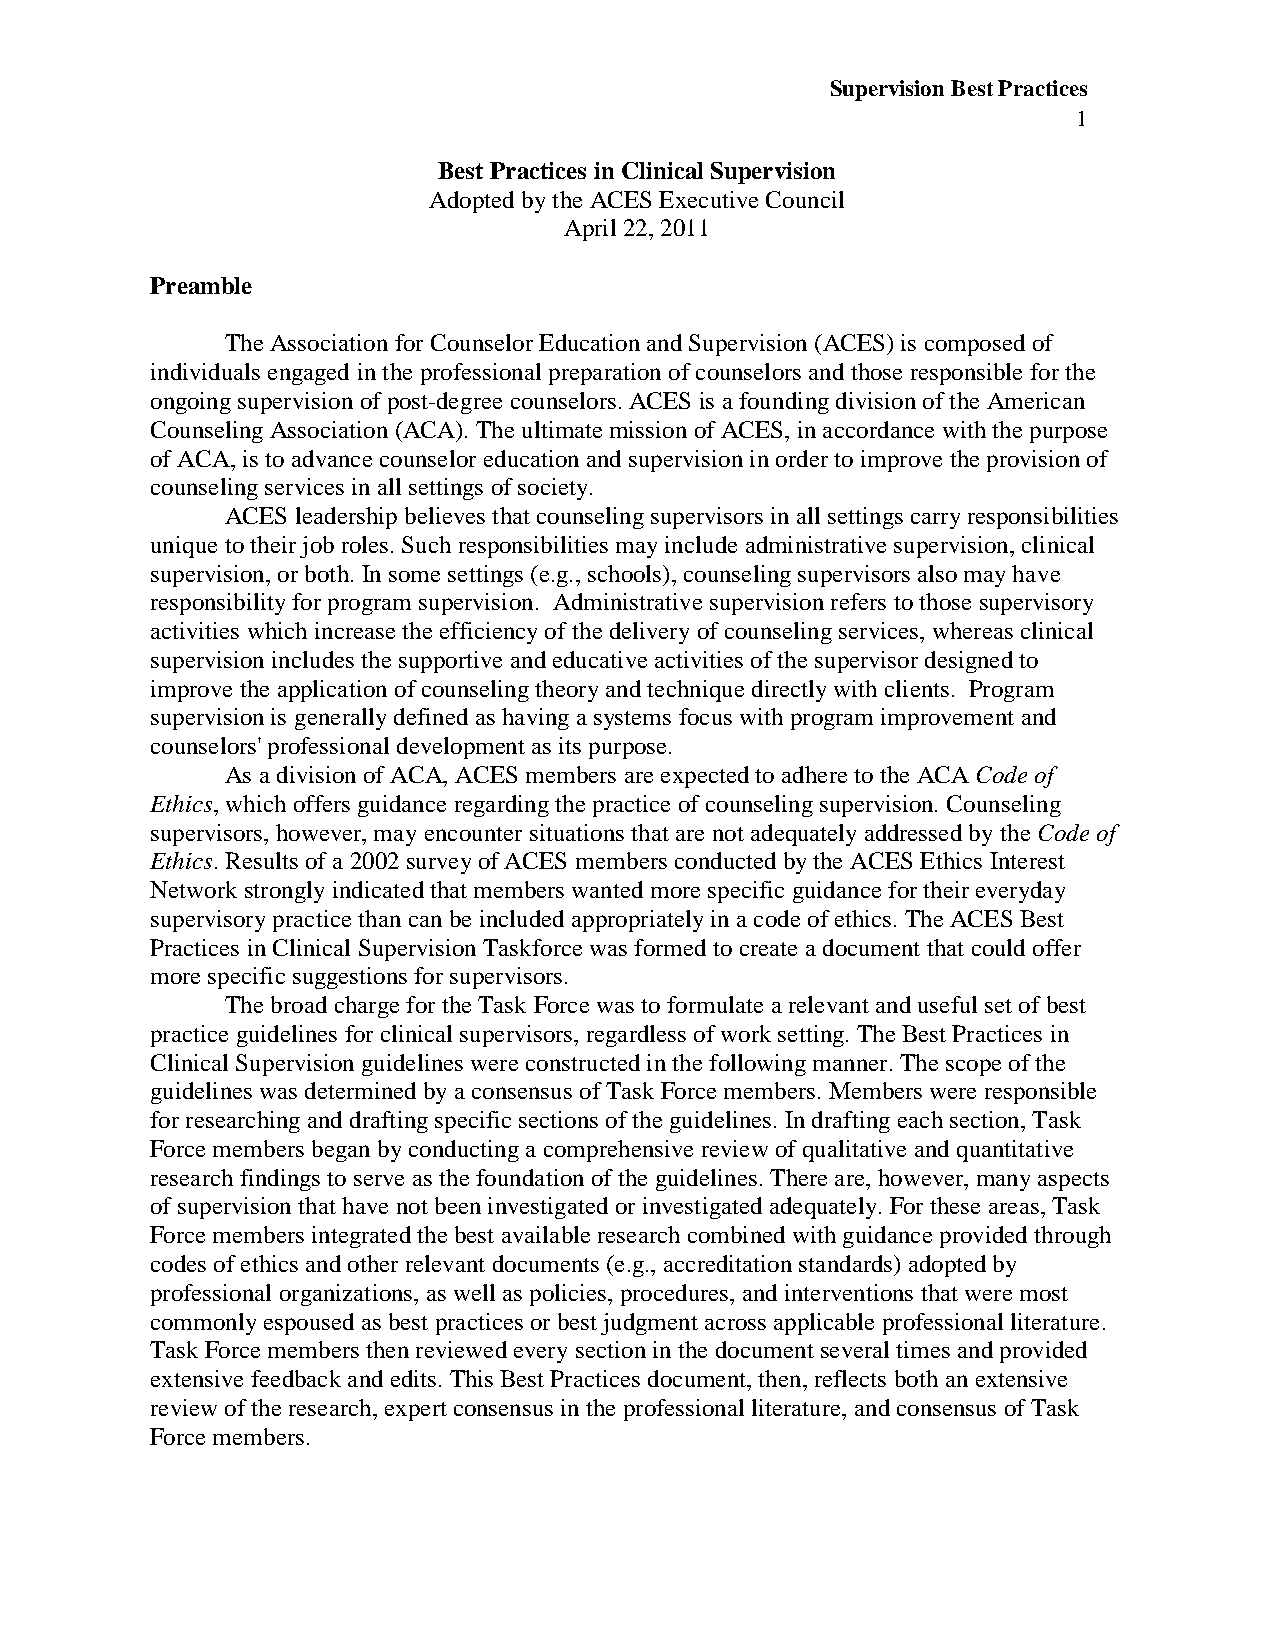
Supervision Best Practices
 1
 Best Practices in Clinical Supervision
 Adopted by the ACES Executive Council
 April 22, 2011
 Preamble
 The Association for Counselor Education and Supervision (ACES) is composed of
 individuals engaged in the professional preparation of counselors and those responsible for the
 ongoing supervision of post-degree counselors. ACES is a founding division of the American
 Counseling Association (ACA). The ultimate mission of ACES, in accordance with the purpose
 of ACA, is to advance counselor education and supervision in order to improve the provision of
 counseling services in all settings of society.
 ACES leadership believes that counseling supervisors in all settings carry responsibilities
 unique to their job roles. Such responsibilities may include administrative supervision, clinical
 supervision, or both. In some settings (e.g., schools), counseling supervisors also may have
 responsibility for program supervision. Administrative supervision refers to those supervisory
 activities which increase the efficiency of the delivery of counseling services, whereas clinical
 supervision includes the supportive and educative activities of the supervisor designed to
 improve the application of counseling theory and technique directly with clients. Program
 supervision is generally defined as having a systems focus with program improvement and
 counselors' professional development as its purpose.
 As a division of ACA, ACES members are expected to adhere to the ACA Code of
 Ethics, which offers guidance regarding the practice of counseling supervision. Counseling
 supervisors, however, may encounter situations that are not adequately addressed by the Code of
 Ethics. Results of a 2002 survey of ACES members conducted by the ACES Ethics Interest
 Network strongly indicated that members wanted more specific guidance for their everyday
 supervisory practice than can be included appropriately in a code of ethics. The ACES Best
 Practices in Clinical Supervision Taskforce was formed to create a document that could offer
 more specific suggestions for supervisors.
 The broad charge for the Task Force was to formulate a relevant and useful set of best
 practice guidelines for clinical supervisors, regardless of work setting. The Best Practices in
 Clinical Supervision guidelines were constructed in the following manner. The scope of the
 guidelines was determined by a consensus of Task Force members. Members were responsible
 for researching and drafting specific sections of the guidelines. In drafting each section, Task
 Force members began by conducting a comprehensive review of qualitative and quantitative
 research findings to serve as the foundation of the guidelines. There are, however, many aspects
 of supervision that have not been investigated or investigated adequately. For these areas, Task
 Force members integrated the best available research combined with guidance provided through
 codes of ethics and other relevant documents (e.g., accreditation standards) adopted by
 professional organizations, as well as policies, procedures, and interventions that were most
 commonly espoused as best practices or best judgment across applicable professional literature.
 Task Force members then reviewed every section in the document several times and provided
 extensive feedback and edits. This Best Practices document, then, reflects both an extensive
 review of the research, expert consensus in the professional literature, and consensus of Task
 Force members.